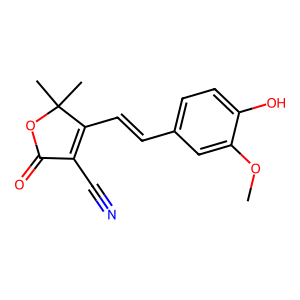
SMILES: COc1cc(C=CC2=C(C#N)C(=O)OC2(C)C)ccc1O
Inhibits HIV replication: No